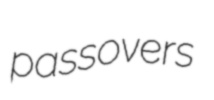
passovers